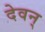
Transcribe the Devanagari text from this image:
देवन्